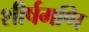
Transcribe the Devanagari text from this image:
शीर्षमणि